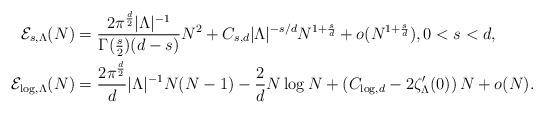
LaTeX: \begin{align*} \mathcal{E}_{s,\Lambda} (N)&=\frac{2\pi^{\frac{d}{2}}|\Lambda|^{-1}}{\Gamma(\frac{s}{2})(d-s)}N^2+C_{s,d}|\Lambda|^{-s/d}N^{1+\frac{s}{d}}+o(N^{1+\frac{s}{d}}), 0<s<d,\\ \mathcal{E}_{\log,\Lambda} (N)&=\frac{2\pi^{\frac{d}{2}}}{d}|\Lambda|^{-1}N(N-1)-\frac{2}{d}N\log N+\left(C_{\log,d}-2\zeta'_{\Lambda}(0)\right)N+o(N). \end{align*}